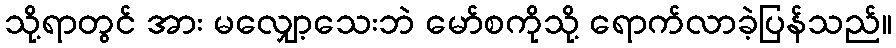
သို့ရာတွင် အား မလျှော့သေးဘဲ မော်စကိုသို့ ရောက်လာခဲ့ပြန်သည်။